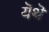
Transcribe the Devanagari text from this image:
यॆथॆ